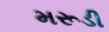
મરૂડી